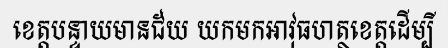
ខេត្តបន្ទាយមានជ័យ យកមកអាវុធហត្ថខេត្តដើម្បី